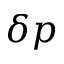
\delta p